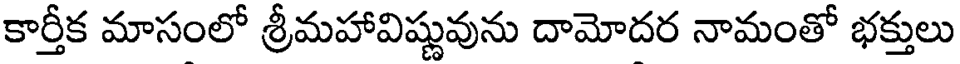
కార్తీక మాసంలో శ్రీమహావిష్ణువును దామోదర నామంతో భక్తులు